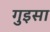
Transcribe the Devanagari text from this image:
गुइसा